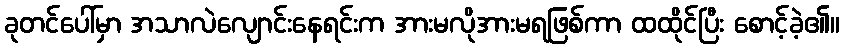
ခုတင်ပေါ်မှာ အသာလဲလျောင်းနေရင်းက အားမလိုအားမရဖြစ်ကာ ထထိုင်ပြီး စောင့်ခဲ့၏။